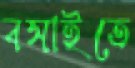
বসাইতে